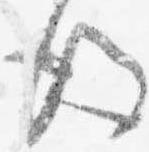
後